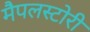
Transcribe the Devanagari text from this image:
मैपलस्टोरी